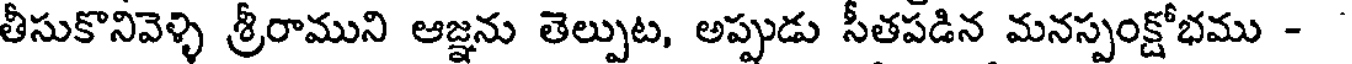
తీసుకొనివెళ్ళి శ్రీరాముని ఆజ్ఞను తెల్పుట, అప్పుడు సీతపడిన మనస్పంక్షోభము -